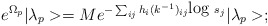
\begin{align*}e^{\Omega _p}|\lambda _p>= Me^{-\sum_{ij}h_i(k^{-1})_{ij}\mbox{log }s_j}|\lambda _p>;\end{align*}